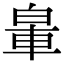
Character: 𨋧